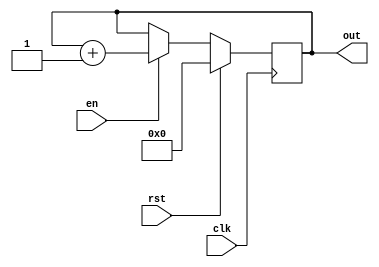
`timescale 1ns / 1ps
//////////////////////////////////////////////////////////////////////////////////
// Company: 
// Engineer: 
// 
// Design Name: 
// Module Name: counter_bit_select
// Project Name: 
// Target Devices: 
// Tool Versions: 
// Description: 
// 
// Dependencies: 
// 
// Revision:
// Revision 0.01 - File Created
// Additional Comments:
// 
//////////////////////////////////////////////////////////////////////////////////


module counter_bit_select(
        input clk,en,rst,
        output reg [3:0] out
    );      
    
    always@(posedge clk)
    begin
    if(rst)
    out <= 0;
    else
    if(en)
    out <= out + 1;
    end
endmodule